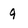
Character: 9